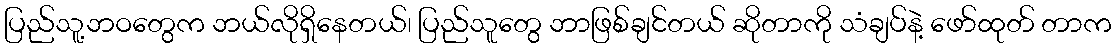
ပြည်သူ့ဘဝတွေက ဘယ်လိုရှိနေတယ်၊ ပြည်သူတွေ ဘာဖြစ်ချင်တယ် ဆိုတာကို သံချပ်နဲ့ ဖော်ထုတ် တာက